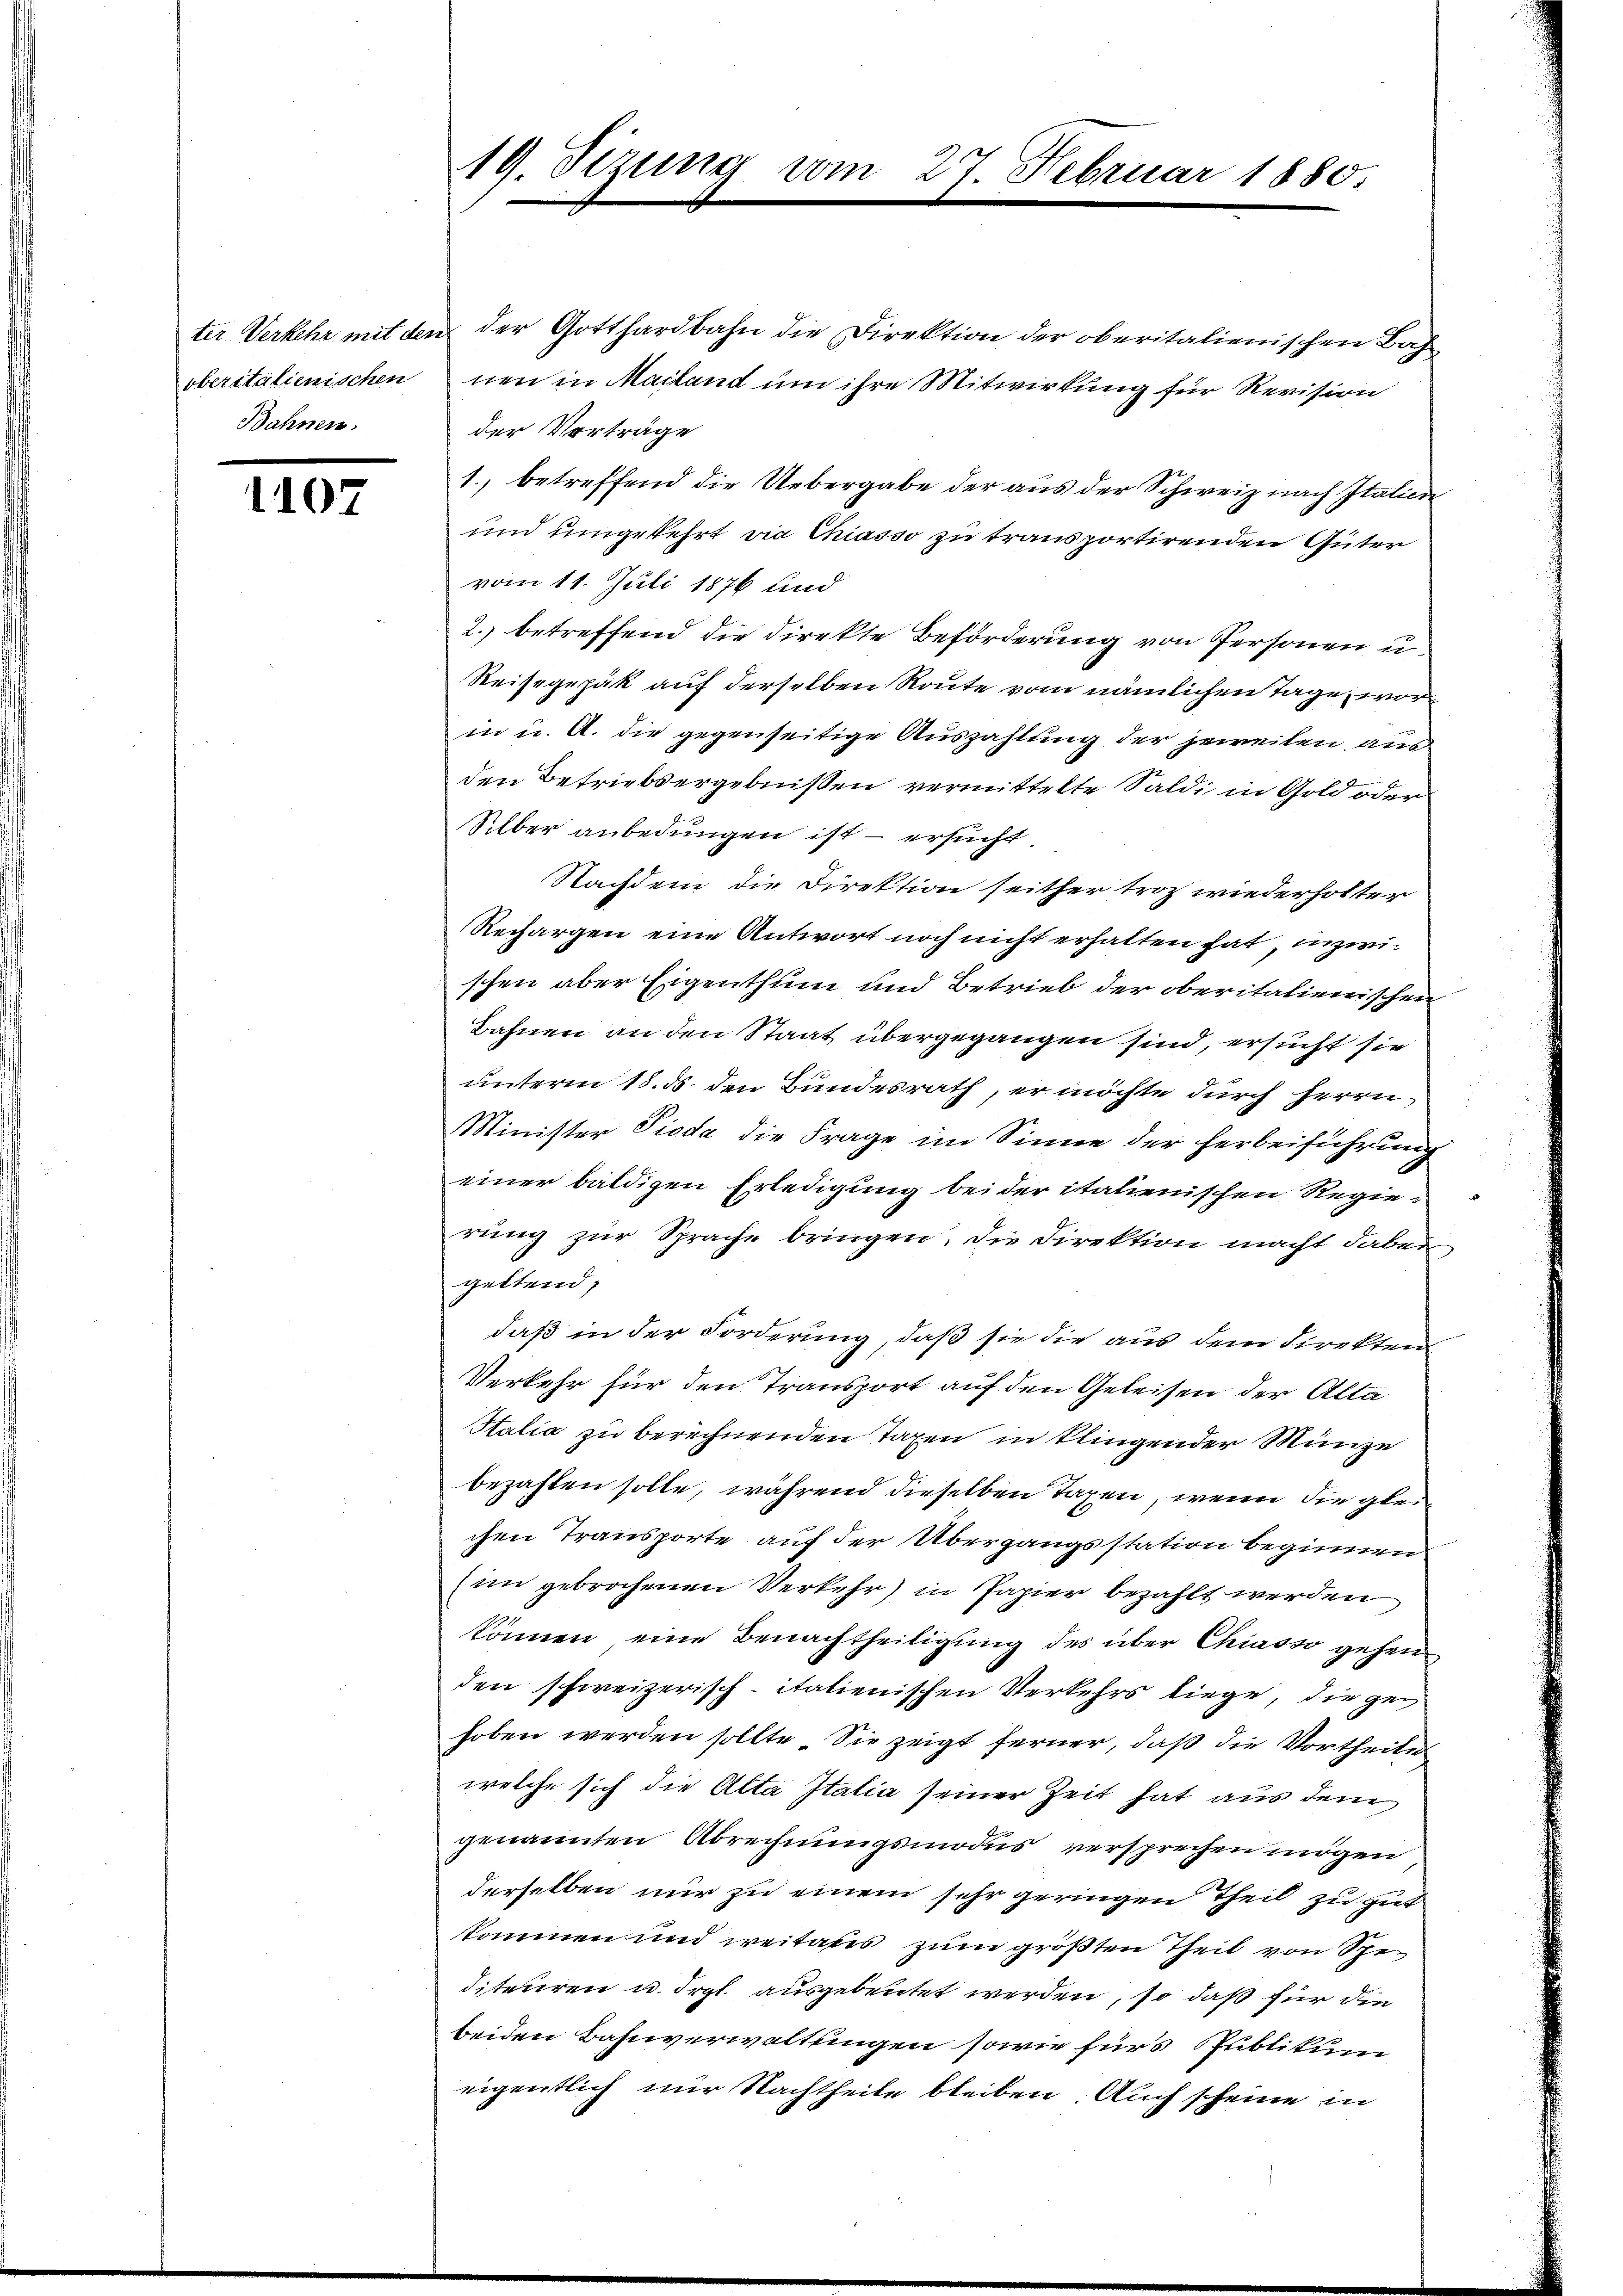
oberitalienischen
Bahnen.

10

19. Sizung von

ter Verkehr mit den der Gotthardbahn die Direktion der oberitalienischen Bah
nen in Mailand um ihre Mitwirkung für Revision
der Vorträge
1.) betreffend die Uebergabe der aus der Schweiz nach Italien
und umgekehrt die Chiasso zu transportirenden Güter
vom 11. Juli 1876 und
2. betreffend die Direkte Beförderung von Personen u.
Reisegepäk auf derselben Route vom nämlichen Tage, word
in u. A. die gegenseitige Auszahlung der jeweilen, aus
den Betriebsergebnißen vermittelte Saldi in Gold oder
Silber anbedungen ist – ersucht.
Nachdem die Direktion seither troz wiederholter
Rechargen eine Antwort noch nicht erhalten hat, inzwischen aber Eigenthum und Betrieb der oberitalienischen
Bahnen an den Staat übergegangen sind, ersucht sie
unterm 18. ds. den Bundesrath, er möchte durch Herrn
Minister Pioda die Frage im Sinne der herbeiführung
einer baldigen Erledigung bei der italienischen Regierung zur Sprache bringen. Die Direktion macht dabei
geltend,
daß in der Forderung, daß sie die aus dem Direkten¬
Verkehr für den Transport auf den Geleisen der Alta
Stalia zu berechnenden Taxen in klingender Münze
bezahlen solle, während dieselben Taxen, wenn die gleichen Transporte auf der Übergangsstation beginnen
im gebrochenen Verkehr) in Papier bezahlt werden
können, eine Benachtheiligung des über Chiasso gehen
den schweizerisch-italienischen Verkehrs liege, die ge
hoben werden sollte. Sie zeigt ferner, daß die Vortheile
welche sich die Alta Italia seiner Zeit hat aus dem
genannten Abrechnungsmodus versprechen mögen
derselben nur zu einem sehr geringen Theil zu gut
kommen und weitaus zum größten Theil von Spediteuren u. drgl. ausgebeutet werden, so daß für die
beiden Bahnverwaltungen sowie fürs Publikum
eigentlich nur Nachtheile bleiben. Auch scheine in

27. Februar 1880.